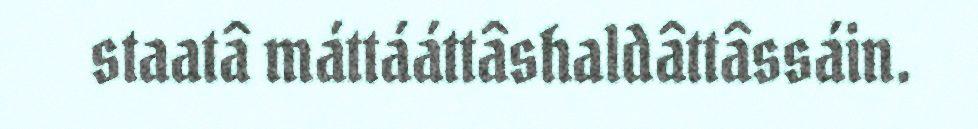
staatâ máttááttâshaldâttâssáin.